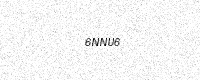
Text: 6NNU6